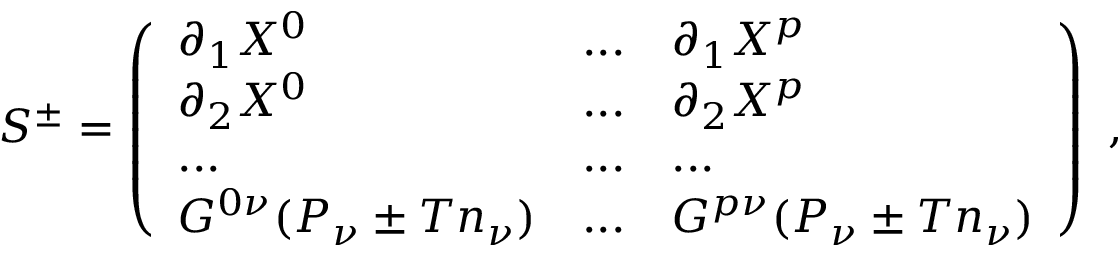
S ^ { \pm } = \left( \begin{array} { l l l } { { \partial _ { 1 } X ^ { 0 } } } & { { . . . } } & { { \partial _ { 1 } X ^ { p } } } \\ { { \partial _ { 2 } X ^ { 0 } } } & { { . . . } } & { { \partial _ { 2 } X ^ { p } } } \\ { { . . . } } & { { . . . } } & { { . . . } } \\ { { G ^ { 0 \nu } ( P _ { \nu } \pm T n _ { \nu } ) } } & { { . . . } } & { { G ^ { p \nu } ( P _ { \nu } \pm T n _ { \nu } ) } } \end{array} \right) \ ,